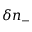
\delta n _ { - }